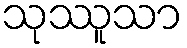
သုဿူသာ